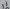
Text: 11